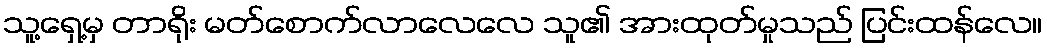
သူ့ရှေ့မှ တာရိုး မတ်စောက်လာလေလေ သူ၏ အားထုတ်မှုသည် ပြင်းထန်လေ။